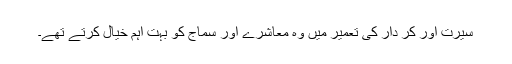
سیرت اور کر دار کی تعمیر میں وہ معاشرے اور سماج کو بہت اہم خیال کرتے تھے۔